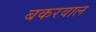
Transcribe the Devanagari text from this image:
बकरवाल